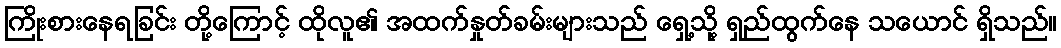
ကြိုးစားနေရခြင်း တို့ကြောင့် ထိုလူ၏ အထက်နှုတ်ခမ်းများသည် ရှေ့သို့ ရှည်ထွက်နေ သယောင် ရှိသည်။